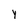
Character: Y